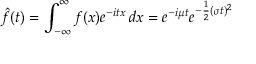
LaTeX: { \hat { f } } ( t ) = \int _ { - \infty } ^ { \infty } f ( x ) e ^ { - i t x } \, d x = e ^ { - i \mu t } e ^ { - { \frac { 1 } { 2 } } ( \sigma t ) ^ { 2 } }